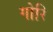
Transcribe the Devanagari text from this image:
गोरि